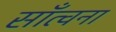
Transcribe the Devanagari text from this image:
साँत्वना